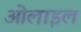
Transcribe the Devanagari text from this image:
ओलाइल